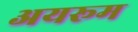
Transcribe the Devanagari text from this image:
अयरूम